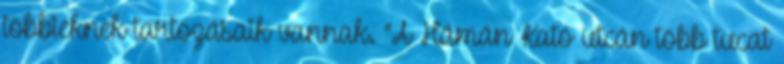
többieknek tartozásaik vannak. “A Hámán Kató utcán több tucat